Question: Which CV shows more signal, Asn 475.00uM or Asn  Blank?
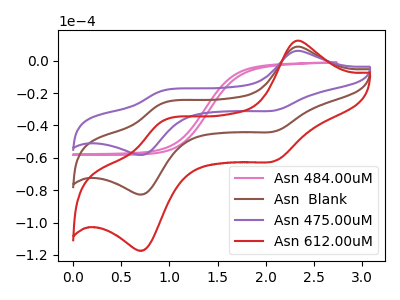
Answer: <think>The pink curve "Asn 484.00uM" has no peaks. The brown curve "Asn  Blank" has anodic peaks at (2.30V, 8.60uA) (0.90V, -26.40uA) and cathodic peaks at (2.10V, -43.55uA) (0.75V, -82.40uA). The purple curve "Asn 475.00uM" has anodic peaks at (2.30V, 6.05uA) (0.90V, -18.60uA) and cathodic peaks at (2.10V, -30.65uA) (0.75V, -58.00uA). The red curve "Asn 612.00uM" has anodic peaks at (2.30V, 17.25uA) (0.90V, -52.80uA) and cathodic peaks at (2.10V, -87.10uA) (0.75V, -164.75uA).
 All the peaks in "Asn 475.00uM" have a peak in "Asn  Blank" at the same potential.</think>
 <answer>I cant tell if "Asn 475.00uM" or "Asn  Blank" has more signal.</answer>
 <eval>mixed_signal</eval>